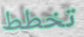
تخطط